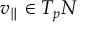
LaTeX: v _ { \parallel } \in T _ { p } N